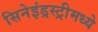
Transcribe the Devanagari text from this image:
सिनेइंड्रस्ट्रीमध्ये